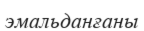
эмальданғаны